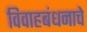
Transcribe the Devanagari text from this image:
विवाहबंधनाचे